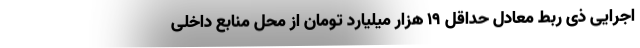
اجرایی ذی ربط معادل حداقل 19 هزار میلیارد تومان از محل منابع داخلی